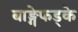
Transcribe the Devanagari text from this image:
बाङ्गेफड्के